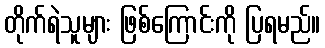
တိုက်ရဲသူများ ဖြစ်ကြောင်းကို ပြရမည်။